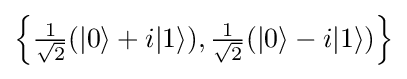
{\textstyle \left\{{\frac {1}{\sqrt {2}}}(|0\rangle +i|1\rangle ),{\frac {1}{\sqrt {2}}}(|0\rangle -i|1\rangle )\right\}}